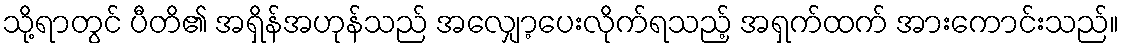
သို့ရာတွင် ပီတိ၏ အရှိန်အဟုန်သည် အလျှော့ပေးလိုက်ရသည့် အရှက်ထက် အားကောင်းသည်။